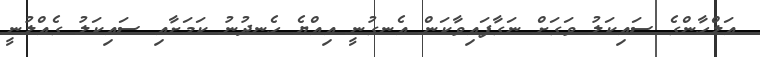
އަލްހާންގެ ސައިކަލު ވަގަށް ނަގާފައިވާކަން އެނގުނީ އިއްޔެ ހެނދުނު ކަމަށާއި ސައިކަލު ގެއްލުނީ